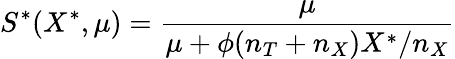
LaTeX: S^{\ast}(X^{\ast},\mu)=\frac{\mu}{\mu+\phi(n_{T}+n_{X})X^{\ast}/n_{X}}